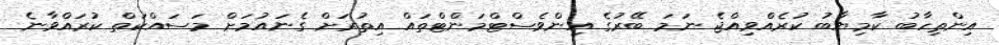
އިންތިހާބު ކާމިޔާބު ކުރެއްވިއްޖެ ނަމަ ބޭރުގެ އިންވެސްޓްމަންޓްތައް އިތުރަށް ގެނައުމަށް މަސައްކަތް ކުރައްވާނެ